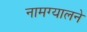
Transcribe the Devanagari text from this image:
नामग्यालने